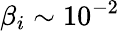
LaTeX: \beta_{i}\sim 10^{-2}